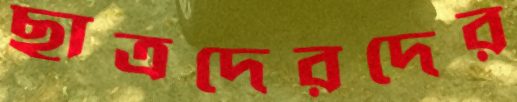
ছাত্রদেরদের